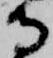
守